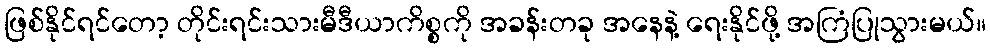
ဖြစ်နိုင်ရင်တော့ တိုင်းရင်းသားမီဒီယာကိစ္စကို အခန်းတခု အနေနဲ့ ရေးနိုင်ဖို့ အကြံပြုသွားမယ်။